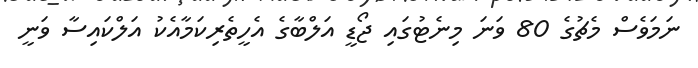
ނަމަވެސް މެޗުގެ 80 ވަނަ މިނެޓުގައި ޖޯޑީ އަލްބާގެ އެހީތެރިކަމާއެކު އަލްކައިސާ ވަނީ